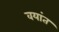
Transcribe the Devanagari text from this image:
वयांत